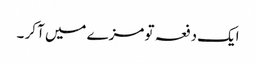
ایک دفعہ تو مزے میں آ کر ۔